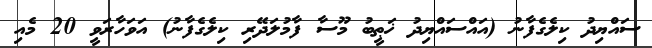
ސައްޔިދު ކިލެގެފާނު (އައްސައްޔިދު ޚަޠީބު މޫސާ ފާމުލަދޭރި ކިލެގެފާނު) އަވަހާރަވީ 20 މެއި